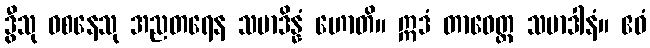
ဒွီသု ဝစနေသု အညတရေန သမာဒိန္နံ ဟောတိ။ ဣဒံ တာဝေတ္ထ သမာဒါနံ။ ဧဝံ